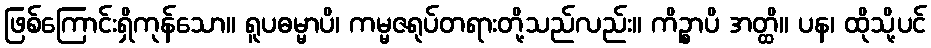
ဖြစ်ကြောင်းရှိကုန်သော။ ရူပဓမ္မာပိ၊ ကမ္မဇရုပ်တရားတို့သည်လည်း။ ကိဉ္စာပိ အတ္ထိ။ ပန၊ ထိုသို့ပင်